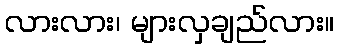
လားလား၊ များလှချည်လား။